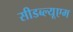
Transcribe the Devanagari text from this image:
सीडब्ल्यूएम